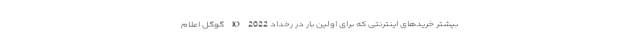
بیشتر خریدهای اینترنتی که برای اولین بار در رخداد IO 2022 گوگل اعلام